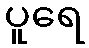
ပူရေ